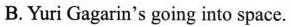
B. Yuri Gagarin's going into space.